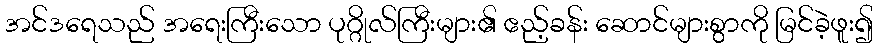
အင်ဒရေသည် အရေးကြီးသော ပုဂ္ဂိုလ်ကြီးများ၏ ဧည့်ခန်း ဆောင်များစွာကို မြင်ခဲ့ဖူး၍